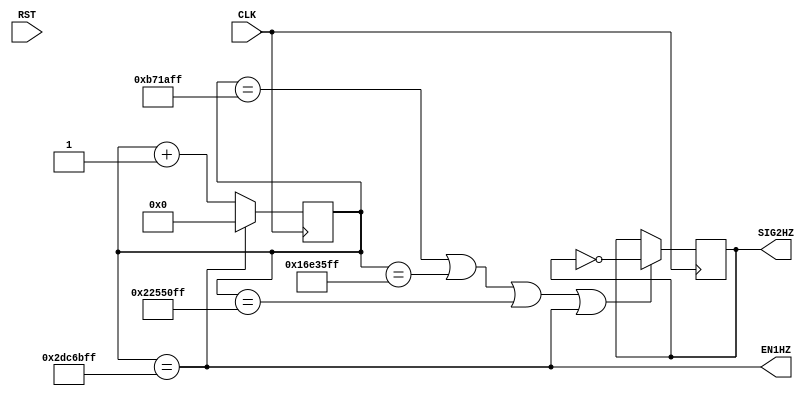
module CNT1SEC(
	input	CLK, RST,
	output	EN1HZ,
	output   reg SIG2HZ
);

reg[25:0] cnt;

always @( posedge CLK )begin
	if( EN1HZ==1'b1 )
		cnt <= 26'b0;
	else
		cnt <= cnt + 26'b1;
end

assign EN1HZ = (cnt==26'd47999999);

wire cnt37499999 = (cnt==26'd35999999);
wire cnt24999999 = (cnt==26'd23999999);
wire cnt12499999 = (cnt==26'd11999999);

always @(posedge CLK) begin
	if(cnt12499999 | cnt24999999 | cnt37499999 | EN1HZ)
		SIG2HZ <= ~SIG2HZ;
end

endmodule